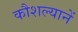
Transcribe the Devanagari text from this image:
कौशल्यानें